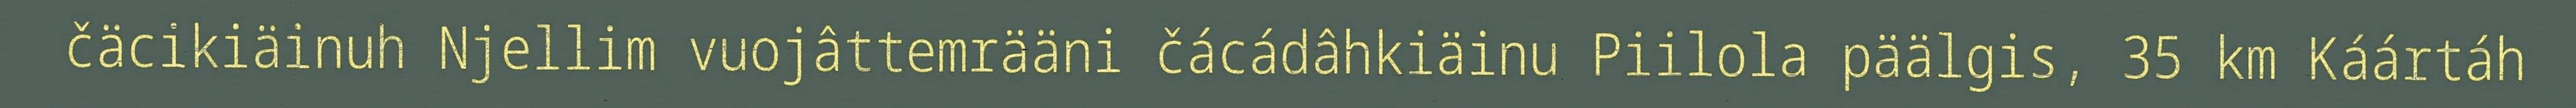
čäcikiäinuh Njellim vuojâttemrääni čácádâhkiäinu Piilola päälgis, 35 km Káártáh